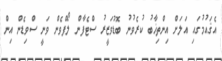
އެޤައުމުގައި އަލަށް އިންތިޚާބު ކުރެވުނު ބޮޑުވަޒީރު ސްޓެފާން ލޯފްވެން ވަނީ ސްވިޑެން އިން